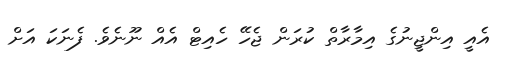
އެއީ އިންޖީނުގެ އިމާރާތް ކުރަން ޖެހޭ ހެއިޓް އެެއް ނޫނެވެ. ފެނަކަ އަށް